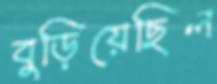
বুড়িয়েছিল